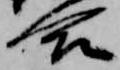
合